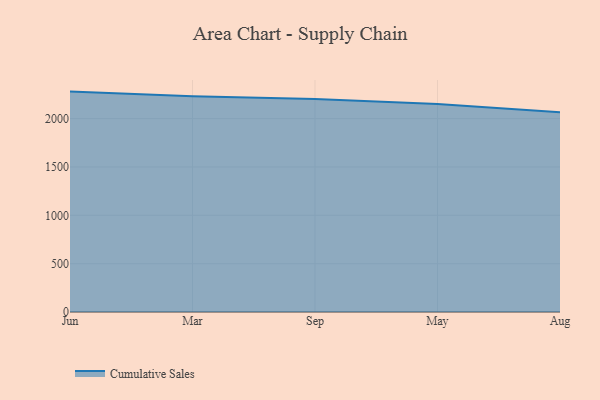
{"axis": {"x": "Month", "y": "Page Views"}, "legend": ["Cumulative Sales"], "data": [{"x": "Jun", "y": 2279.5, "type": "Cumulative Sales"}, {"x": "Mar", "y": 2231.9, "type": "Cumulative Sales"}, {"x": "Sep", "y": 2202.6, "type": "Cumulative Sales"}, {"x": "May", "y": 2150.0, "type": "Cumulative Sales"}, {"x": "Aug", "y": 2067.2, "type": "Cumulative Sales"}]}